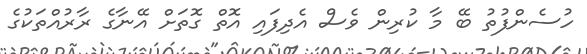
ހުސެންފުތު ބޭ މާ ކުރިން ވެސް އެދިފައި އޮތް ގޮތަށް އޭނާގެ ރާރުއްތަކުގެ